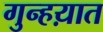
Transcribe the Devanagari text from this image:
गुन्हय़ात